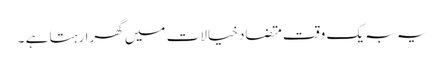
یہ بہ یک وقت متضاد خیالات میں گھرا رہتا ہے ۔